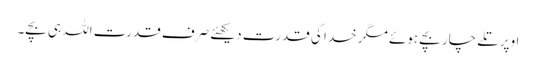
اوپر تلے چار بچے ہوئے مگر خدا کی قدرت دیکھئے صرف قدرت اللہ ہی بچے۔